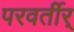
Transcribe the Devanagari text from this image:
परवर्तीर्